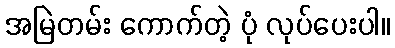
အမြဲတမ်း ကောက်တဲ့ ပုံ လုပ်ပေးပါ။